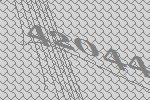
42044